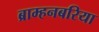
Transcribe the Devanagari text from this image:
ब्राम्हनबरिया